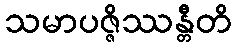
သမာပဇ္ဇိဿန္တီတိ